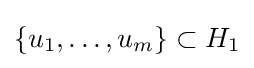
\{u_{1},\ldots ,u_{m}\}\subset H_{1}